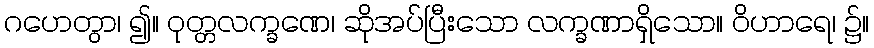
ဂဟေတွာ၊ ၍။ ဝုတ္တလက္ခဏေ၊ ဆိုအပ်ပြီးသော လက္ခဏာရှိသော။ ဝိဟာရေ၊ ၌။